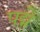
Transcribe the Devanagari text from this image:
पद्मे